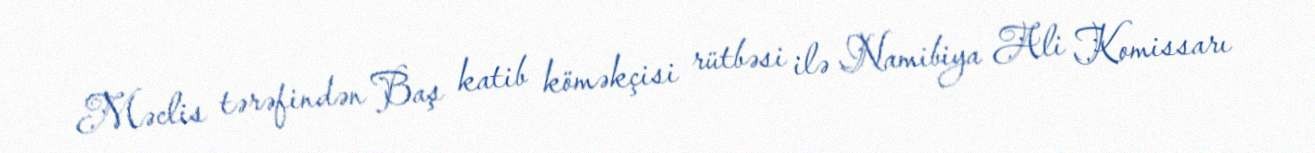
Məclis tərəfindən Baş katib köməkçisi rütbəsi ilə Namibiya Ali Komissarı